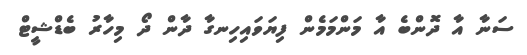
ސަނާ އާ ދޮންބެ އާ މަންމަމެން ފިޔަވައިހިނގާ ދާން ދޯ މިހާރު ބެޑްޝީޓް